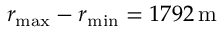
r _ { \mathrm { m a x } } - r _ { \mathrm { m i n } } = 1 7 9 2 \, \mathrm { m }